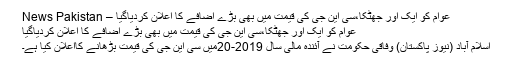
عوام کو ایک اور جھٹکا،سی این جی کی قیمت میں بھی بڑے اضافے کا اعلان کردیاگیا – News Pakistan
عوام کو ایک اور جھٹکا،سی این جی کی قیمت میں بھی بڑے اضافے کا اعلان کردیاگیا
اسلام آباد (نیوز پاکستان) وفاقی حکومت نے آئندہ مالی سال 2019-20میں سی این جی کی قیمت بڑھانے کااعلان کیا ہے۔